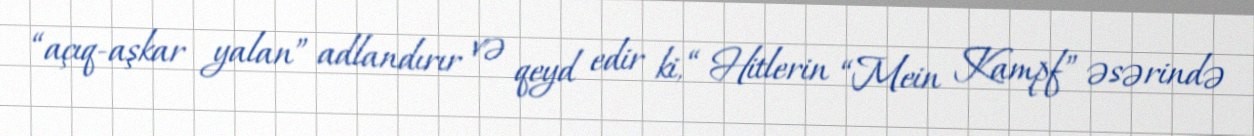
“açıq-aşkar yalan” adlandırır və qeyd edir ki, “ Hitlerin “Mein Kampf” əsərində